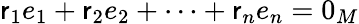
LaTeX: \mathsf{r}_{1}e_{1}+\mathsf{r}_{2}e_{2}+\cdots+\mathsf{r}_{n}e_{n}=0_{M}